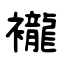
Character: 襱